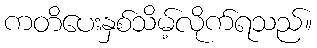
ကတိပေးနှစ်သိမ့်လိုက်ရသည်။